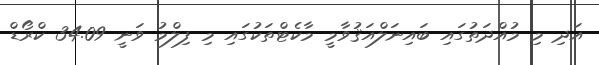
އަދި މި މުއްދަތުގައި ބައިނަލްއަޤުވާމީ މާކެޓްތަކުގައި މި ފިލްމު ވަނީ 34.09 ކްރޯޑް